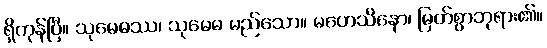
ရှိကုန်ပြီ။ သုမေဓဿ၊ သုမေဓ မည်သော။ မဟေသိနော၊ မြတ်စွာဘုရား၏။